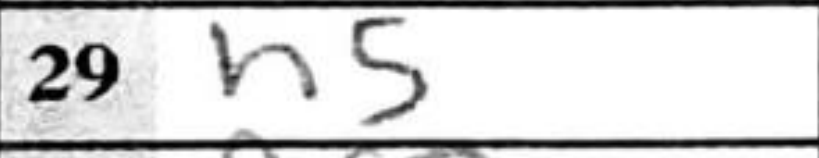
Transcription: h5